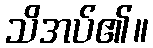
သိအပ်၏။